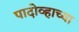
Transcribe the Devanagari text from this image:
पादोव्हाच्या